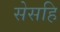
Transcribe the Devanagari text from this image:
सेसहि